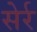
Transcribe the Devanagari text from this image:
सेर्र